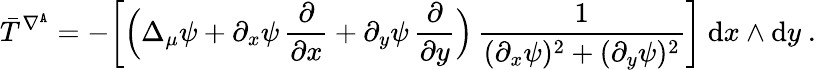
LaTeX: \bar{T}^{\nabla^{\mathtt{A}}}=-\bigg[\Big(\Delta_{\mu}\psi+\partial_{x}\psi\, \frac\partial{\partial x}+\partial_{y}\psi\, \frac\partial{\partial y}\Big)\, \frac 1{(\partial_{x}\psi)^{2}+(\partial_{y}\psi)^{2}}\bigg]\ \mathrm{d}x\wedge\mathrm{d}y\ .